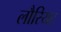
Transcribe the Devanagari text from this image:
लौरियट